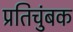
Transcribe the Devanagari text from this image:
प्रतिचुंबक